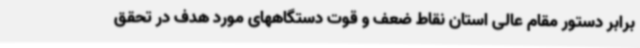
برابر دستور مقام عالی استان نقاط ضعف و قوت دستگاههای مورد هدف در تحقق